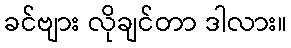
ခင်ဗျား လိုချင်တာ ဒါလား။